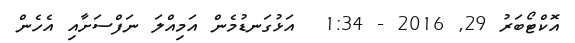
އޮކްޓޯބަރު 29